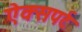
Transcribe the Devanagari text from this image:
ऐक्सपर्ट